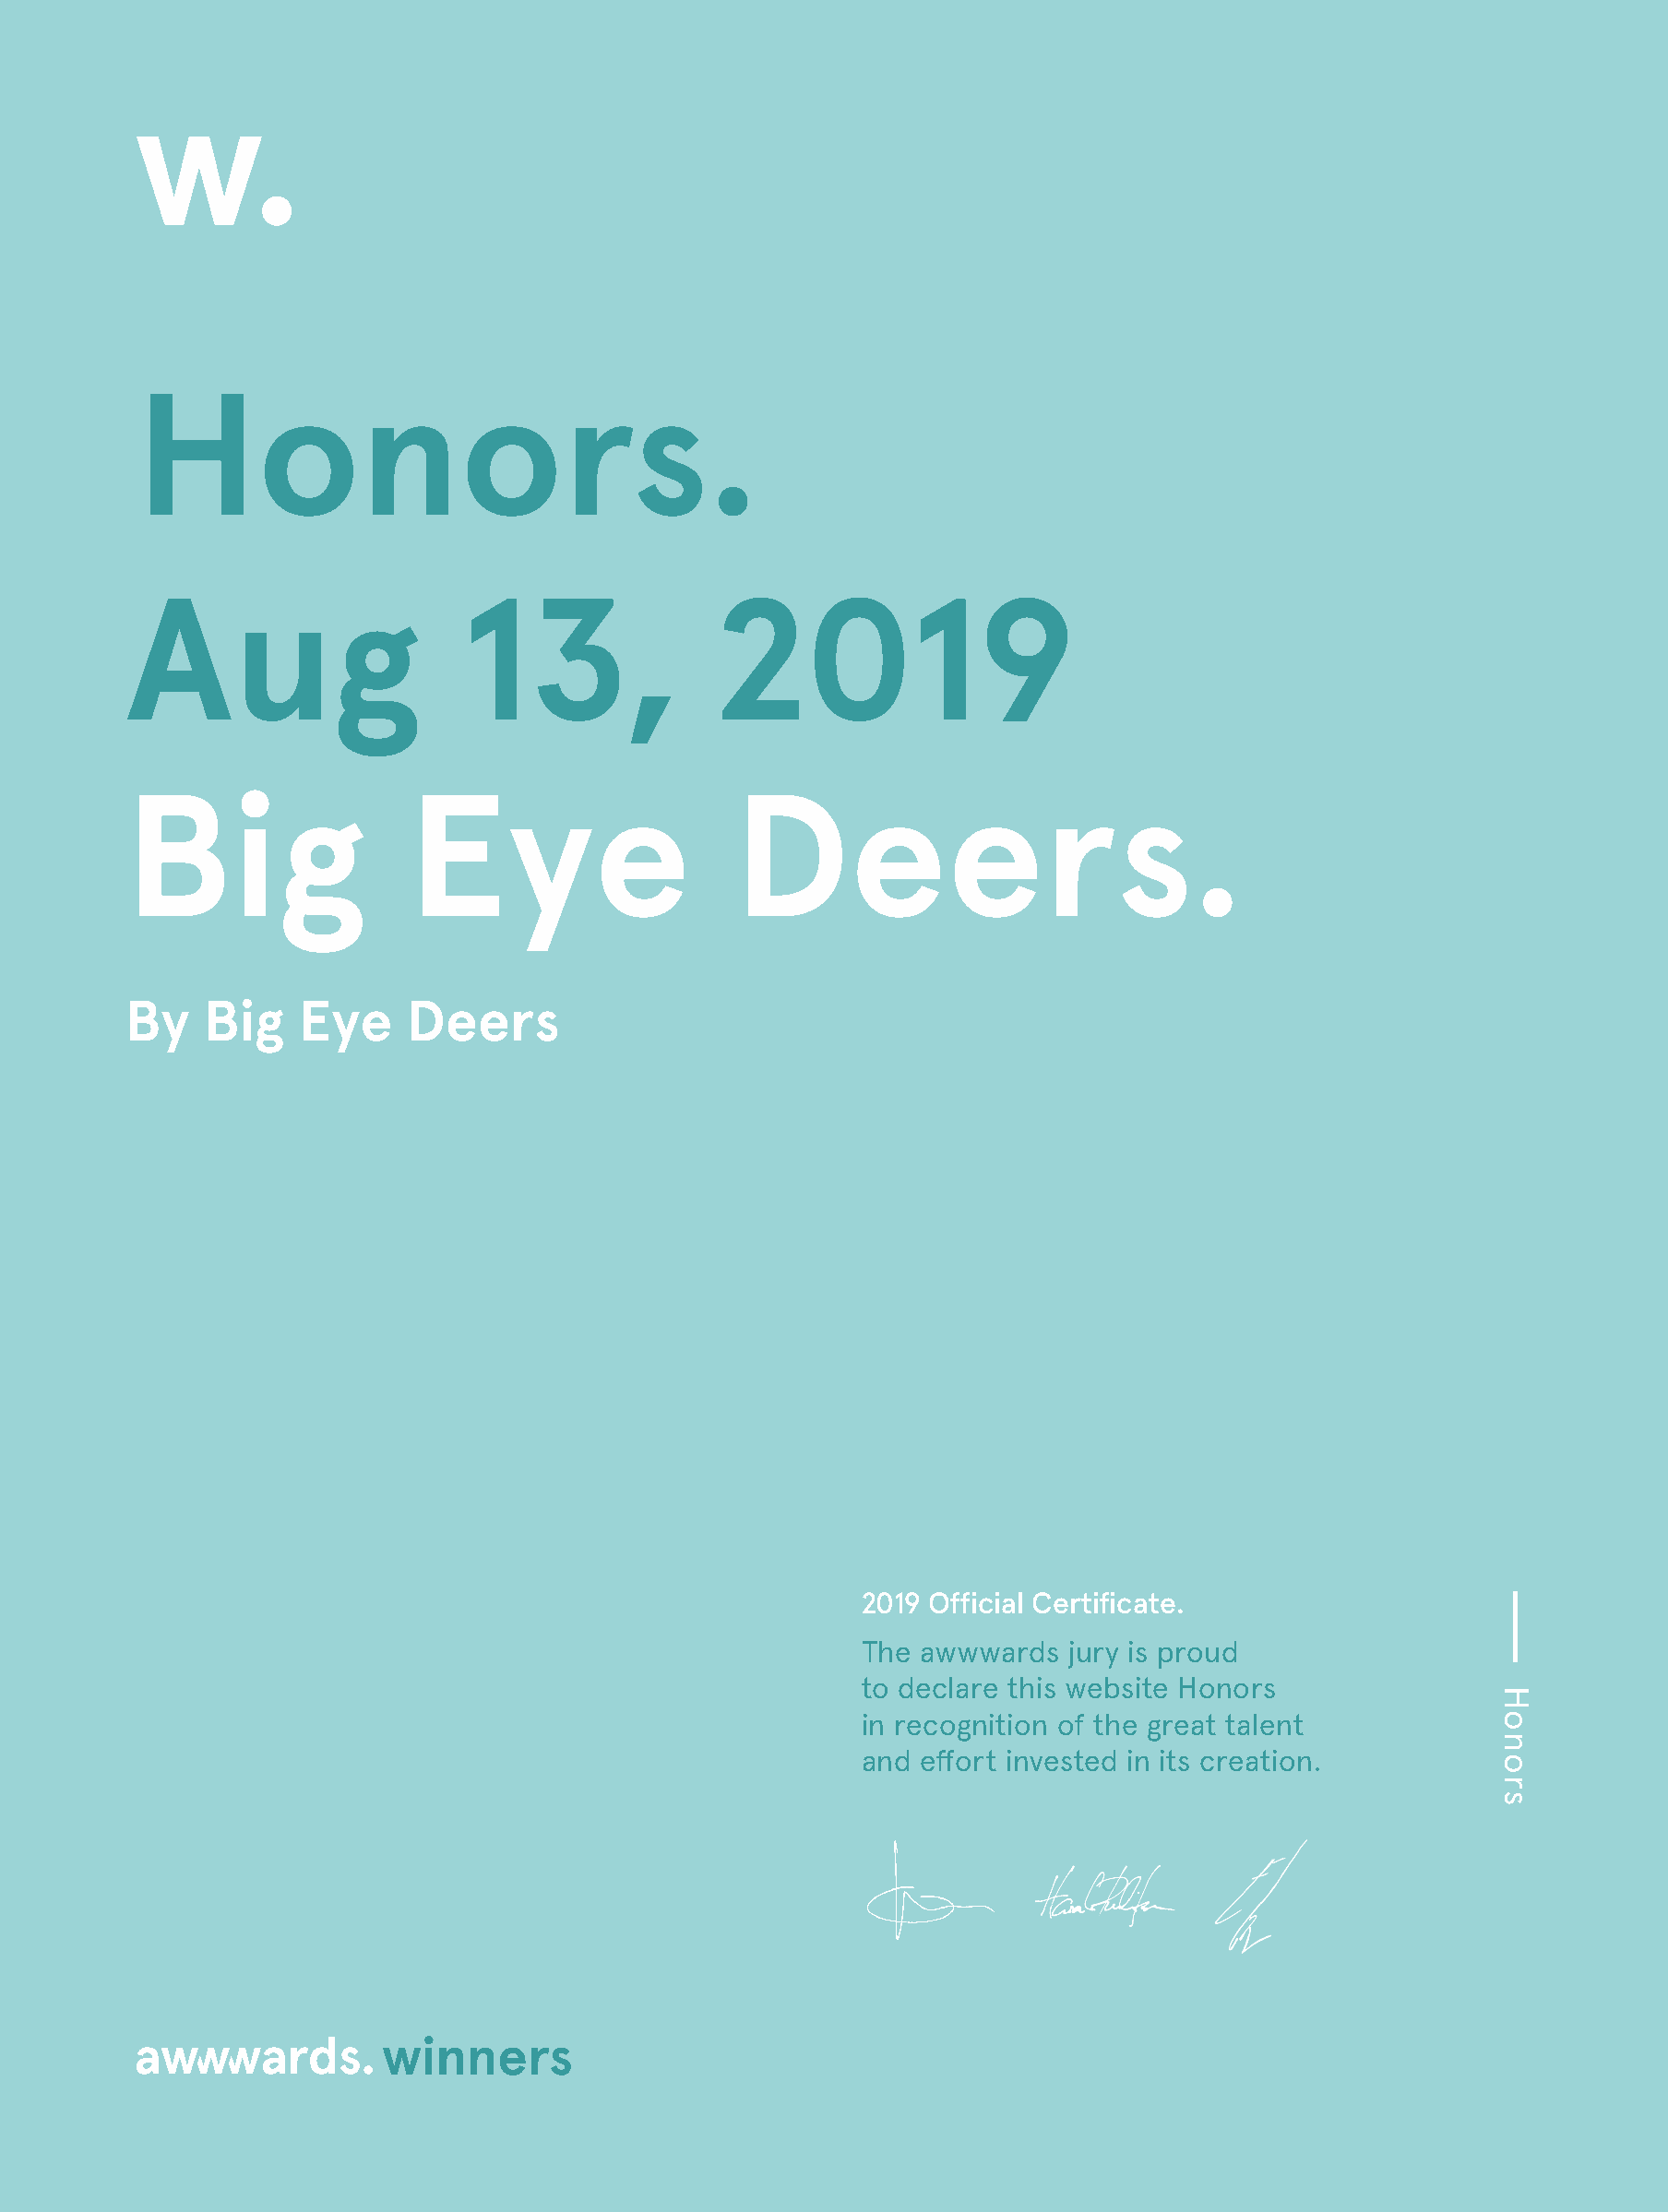
Honors.
 Aug                     13,               2019
 Big                 Eye                     Deers.
 By    Big   Eye     Deers
 2019 Official Certificate.
 The awwwards   jury is proud
 to declare this website Honors
 in recognition of the great talent
 and effort invested in its creation.
 winners
 Powered by TCPDF (www.tcpdf.org)
 Honors